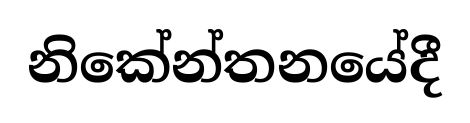
නිකේන්තනයේදී